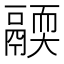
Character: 𩱄